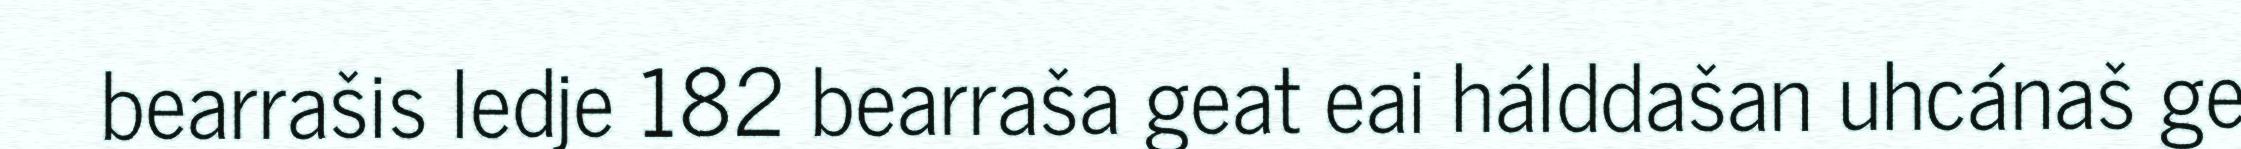
bearrašis ledje 182 bearraša geat eai hálddašan uhcánaš ge